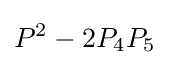
P^{2}-2P_{4}P_{5}